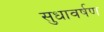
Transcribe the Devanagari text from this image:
सुधावर्षण